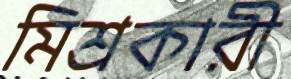
মিশ্রকারী